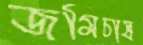
জমিচাষ